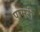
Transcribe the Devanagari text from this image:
पामरी